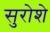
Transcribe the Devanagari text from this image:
सुरोशे